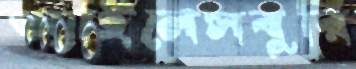
অ্যাইলেসবুরি